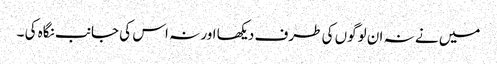
میں نے نہ ان لوگوں کی طرف دیکھا اور نہ اس کی جانب نگاہ کی ۔